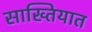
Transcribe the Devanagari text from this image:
साख्तियात